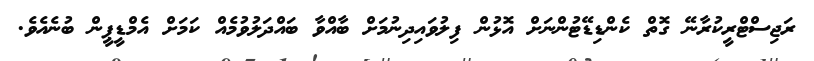
ރަޖިސްޓްރީކުރާނޭ ގޮތް ކެންޑިޑޭޓުންނަށް އޮޅުން ފިލުވައިދިނުމަށް ބާއްވާ ބައްދަލުވުމެއް ކަމަށް އެމްޑީޕީން ބުނެއެވެ.